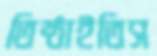
তিষ্ঠাইতিস